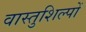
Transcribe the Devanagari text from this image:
वास्तुशिल्पों